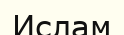
Ислам